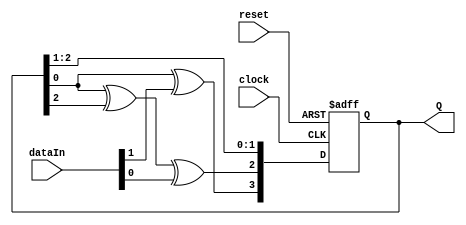
module MISR_4bit(dataIn, reset,clock, Q); //Q = data_out
    input [0:1] dataIn; //dataIn[0,1] = {sum, Cout}
    input reset,clock;  
    
    output reg [0:3] Q;
    
    always@(posedge clock or posedge reset) begin
       if(reset == 1)
          Q <= 4'b0000;
       else begin
          Q[0] <= Q[3] ^ dataIn[0];
          Q[1] <= Q[3] ^ Q[1] ^ dataIn[1];
          Q[2] <= Q[1] ;
          Q[3] <= Q[2] ;
       end
    end
endmodule